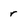
Character: r